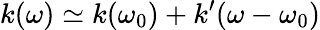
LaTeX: k(\omega)\simeq k(\omega_{0})+k^{\prime}(\omega-\omega_{0})